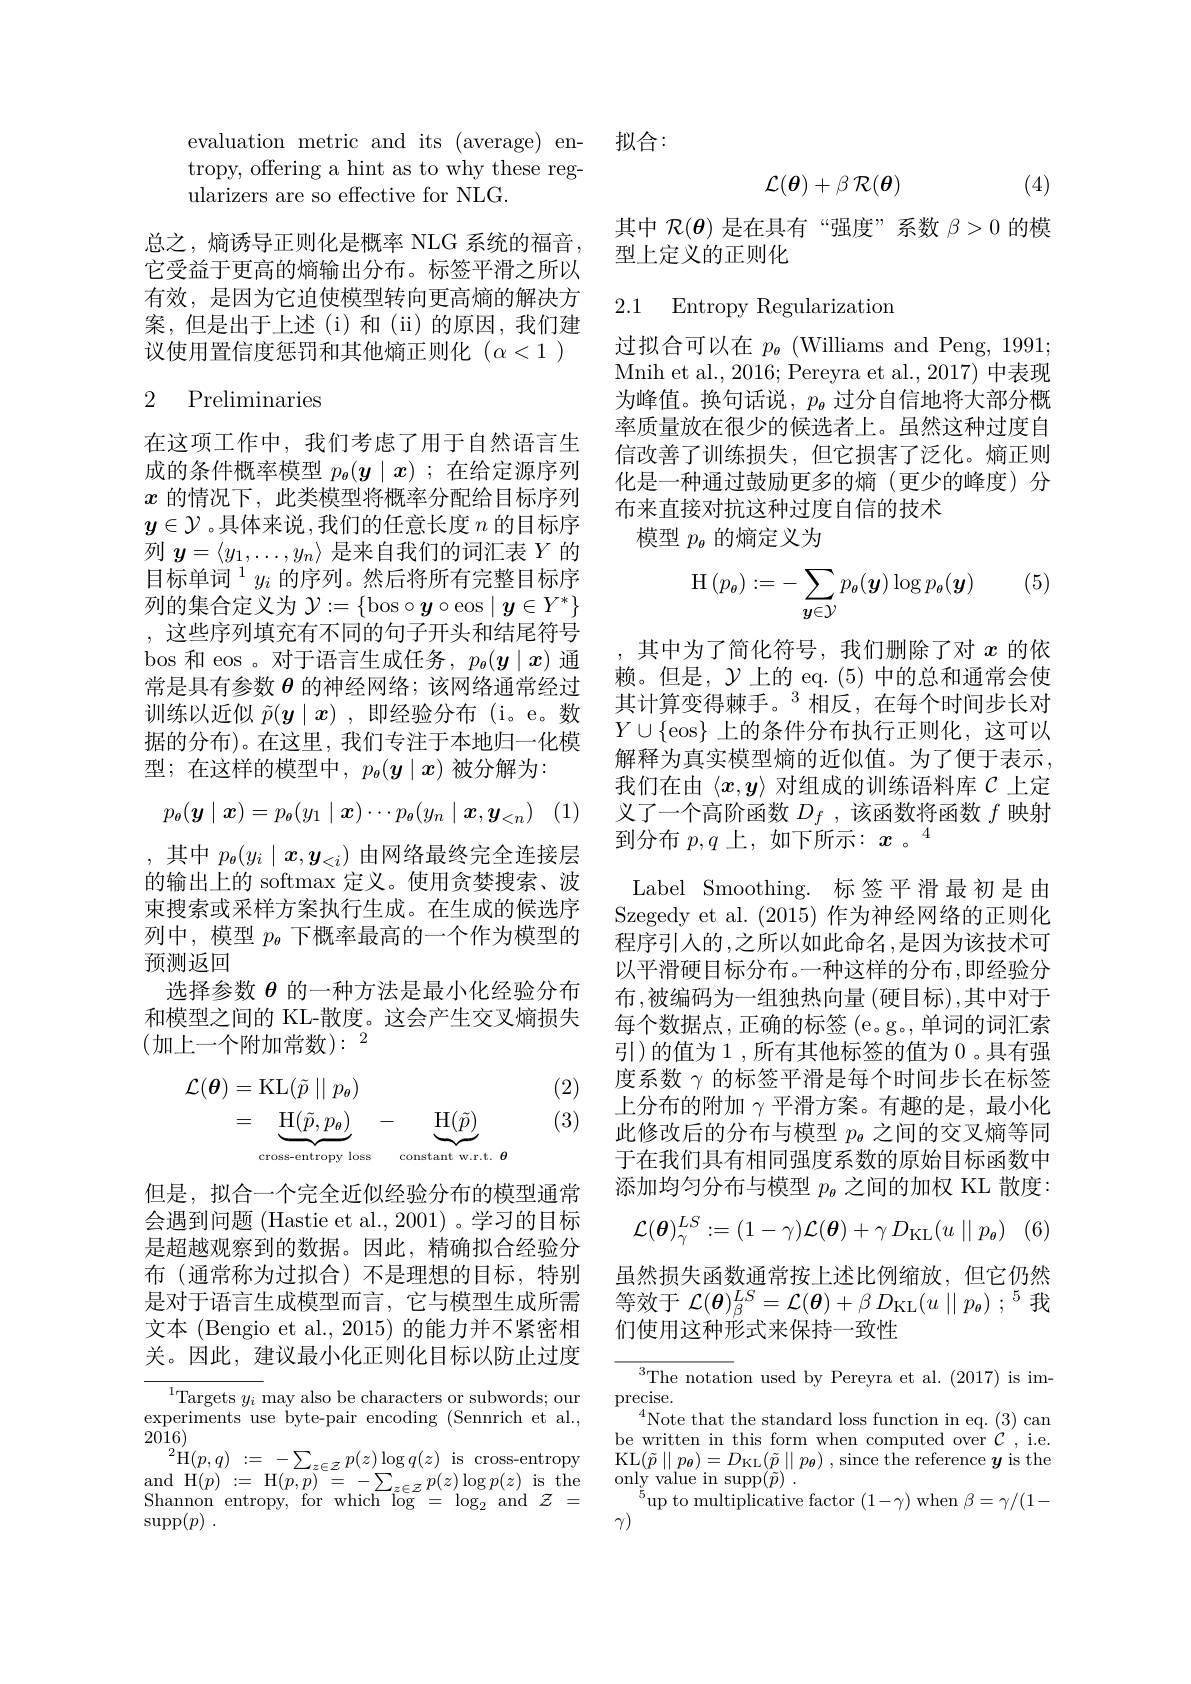
tropy, offering a hint as to why these reg-
ularizers are so effective for NLG.

总之，熵诱导正则化是概率 NLG 系统的福音， 它受益于更高的熵输出分布。标签平滑之所以有效，是因为它迫使模型转向更高熵的解决方案，但是出于上述(i)和(ii)的原因，我们建议使用置信度惩罚和其他熵正则化$(\alpha<1)$

## 2 Preliminaries

在这项工作中，我们考虑了用于自然语言生成的条件概率模型$p_{\theta}(y\mid x)$ ;在给定源序列$x$的情况下，此类模型将概率分配给目标序列$y\in\mathcal{Y}$ 。具体来说，我们的任意长度$n$的目标序列$y=\langle y_1,\ldots,y_n\rangle$是来自我们的词汇表$Y$的目标单词$^1y_i$的序列。然后将所有完整目标序列的集合定义为$\mathcal{Y}:=\{$bos$\circ\boldsymbol y\circ$eos$\mid\boldsymbol y\in Y^*\}$ ,这些序列填充有不同的句子开头和结尾符号bos 和 eos 。对于语言生成任务，$p_{\theta}(y\mid x)$通常是具有参数$\theta$的神经网络；该网络通常经过训练以近似$\tilde{p}(\boldsymbol{y}\mid\boldsymbol{x})$ ,即经验分布 (i。e。数据的分布)。在这里，我们专注于本地归一化模型；在这样的模型中，$p_{\theta}(\boldsymbol{y}\mid\boldsymbol{x})$被分解为：
$$p_\theta(\boldsymbol{y}\mid\boldsymbol{x})=p_\theta(y_1\mid\boldsymbol{x})\cdots p_\theta(y_n\mid\boldsymbol{x},\boldsymbol{y}_{<n})$$
,其中$p_{\theta}(y_i\mid x,y_{<i})$由网络最终完全连接层的输出上的 softmax 定义。使用贪婪搜索、波束搜索或采样方案执行生成。在生成的候选序列中，模型$p_{\boldsymbol{\theta}}$下概率最高的一个作为模型的预测返回
选择参数$\theta$的一种方法是最小化经验分布和模型之间的 KL-散度。这会产生交叉熵损失(加上一个附加常数$):^2$

(2) (3)
$$\begin{aligned}\mathcal{L}(\boldsymbol{\theta})&=\mathrm{KL}(\tilde{p}\mid\mid p_{\theta})\\&=\underbrace{\mathrm{H}(\tilde{p},p_{\theta})}_{\text{cross-entropy loss}}-\underbrace{\mathrm{H}(\tilde{p})}_{\text{constant w.r.t.}\:\boldsymbol{\theta}}\end{aligned}$$
但是，拟合一个完全近似经验分布的模型通常会遇到问题 (Hastie et al., 2001) 。学习的目标是超越观察到的数据。因此，精确拟合经验分布 (通常称为过拟合)不是理想的目标，特别是对于语言生成模型而言，它与模型生成所需文本 (Bengio et al., 2015) 的能力并不紧密相关。因此，建议最小化正则化目标以防止过度

${^{1}\text{Targets }y_{i}}$may also be characters or subwords; our experiments use byte-pair encoding (Sennrich et al., 2016)
$\begin{array}{l}{{^2}\mathrm{H}(p,q)}&{:=-\sum_{z\in\mathcal{Z}}p(z)\log q(z)}&{\mathrm{is~cross-entropy}}\\{{^2}\mathrm{H}(p,q)}&{:=-\sum_{z\in\mathcal{Z}}p(z)\log q(z)}&{\mathrm{is~cross-entropy}}\\{{^2}\mathrm{H}(p,q)}&{:=-\sum_{z\in\mathcal{Z}}p(z)\log p(z)}&{\mathrm{is~cross-entropy}}\end{array}$ $\begin{array}{l}{\mathrm{and~H}(p)}&{:=\mathrm{H}(p,p)}&{=-\sum_{z\in Z}p(z)\log p(z)}&{\mathrm{is~the}}\\{\mathrm{Shannon~entronv~for~which~lor~-~lor~and~}z-}\end{array}$ Shannon entropy, for which $\log=\log_{2}$ and $\mathcal{Z}=$ $\operatorname { supp} ( p)$ .

evaluation metric and its (average) en- 拟合：

(4)
$$\mathcal{L}(\boldsymbol{\theta})+\beta\mathcal{R}(\boldsymbol{\theta})$$
其中$\mathcal{R}(\boldsymbol{\theta})$是在具有“强度”系数$\beta>0$的模
型上定义的正则化

2.1 Entropy Regularizatior

过拟合可以在$p_{\boldsymbol{\theta}}$ (Williams and Peng, 1991; Mnih et al. , 2016; Pereyra et al. , 2017) 中表现为峰值。换句话说，$p_{\boldsymbol{o}}$过分自信地将大部分概率质量放在很少的候选者上。虽然这种过度自信改善了训练损失，但它损害了泛化。熵正则化是一种通过鼓励更多的熵(更少的峰度)分布来直接对抗这种过度自信的技术
模型$p_{\theta}$的熵定义为

(5)
$$\mathrm{H}\left(p_{\theta}\right):=-\sum_{y\in\mathcal{Y}}p_{\theta}\left(\boldsymbol{y}\right)\log p_{\theta}\left(\boldsymbol{y}\right)$$
其中为了简化符号，我们删除了对$x$的依赖。但是，$\mathcal{Y}$上的 eq.(5)中的总和通常会使其计算变得棘手。$^{3}$相反，在每个时间步长对$Y\cup\{$eos$\}$上的条件分布执行正则化，这可以解释为真实模型熵的近似值。为了便于表示， 我们在由$\langle x,y\rangle$对组成的训练语料库$\mathcal{C}$上定义了一个高阶函数$D_f$ ,该函数将函数$f$映射到分布$p,q$上，如下所示：$x$ 。$^4$
Label Smoothing. 标签平滑最初是由Szegedy et al. (2015) 作为神经网络的正则化程序引人的，之所以如此命名 ,是因为该技术可以平滑硬目标分布。一种这样的分布 ,即经验分布，被编码为一组独热向量 (硬目标),其中对于每个数据点，正确的标签 (e。g。,单词的词汇索引)的值为 1 , 所有其他标签的值为 0 。具有强度系数$\gamma$的标签平滑是每个时间步长在标签上分布的附加$\gamma$平滑方案。有趣的是，最小化此修改后的分布与模型$p_{\boldsymbol{\theta}}$之间的交叉熵等同于在我们具有相同强度系数的原始目标函数中添加均匀分布与模型$p_{\boldsymbol{\theta}}$之间的加权 KL 散度：
$$\mathcal{L}(\boldsymbol{\theta})_{\gamma}^{LS}:=(1-\gamma)\mathcal{L}(\boldsymbol{\theta})+\gamma\:D_{\mathrm{KL}}(u\parallel p_{\theta})$$
虽然损失函数通常按上述比例缩放，但它仍然

等效于$\mathcal{L} ( \boldsymbol{\theta }) _\beta ^{LS}= \mathcal{L} ( \boldsymbol{\theta }) + \beta$ $D_{\mathrm{KL}}( u\parallel p_{\theta }) ; ^5$我
们使用这种形式来保持一致性

${}^{3}{\mathrm{The~notation~used~by~Pereyra~et~al.~(2017)~is~im-}}$
$\underset{A}{\operatorname*{\operatorname*{\operatorname*{precise.}}}}$
$^{4}$Note that the standard loss function in eq.(3)can be written in this form when computed over $\mathcal{C}$, i.e. $\begin{array}{l}\mathrm{KL}(\tilde{p}\parallel p_{{\boldsymbol{\theta}}})=D_{{\mathrm{KL}}}(\tilde{p}\parallel p_{{\boldsymbol{\theta}}})\:,\mathrm{since~the~reference~}y\:\mathrm{is~the}\\\mathrm{only~value~in~supp}(\tilde{p})\:.\end{array}$
$^{\bar{5}}$up to multiplicative factor $(1-\gamma)$when $\beta=\gamma/(1-$
$\gamma)$